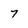
Character: 7